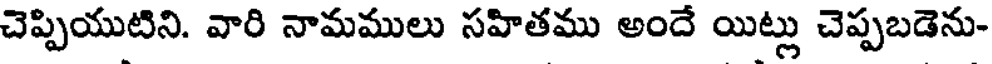
చెప్పియుటిని. వారి నామములు సహితము అందే యిట్లు చెప్పబడెను-